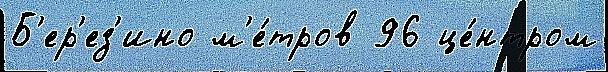
Б'ер'ез'ино м'е́тров 96 це́нтром